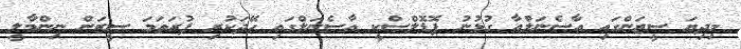
މިދިޔަ ސީޒަންގައި އާސެނަލްއާ ގުޅުނު ޕޮޑޮލްސްކީ އާސެނަލްގައި ހޭދަކުރި ފުރަތަމަ ސީޒަން ނިންމާލީ